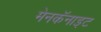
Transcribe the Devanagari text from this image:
मेनकॅनाइट